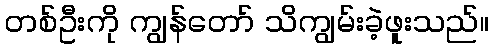
တစ်ဦးကို ကျွန်တော် သိကျွမ်းခဲ့ဖူးသည်။